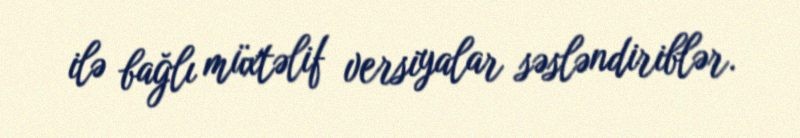
ilə bağlı müxtəlif versiyalar səsləndiriblər.